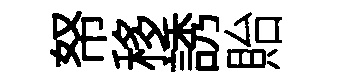
帑移誘貽